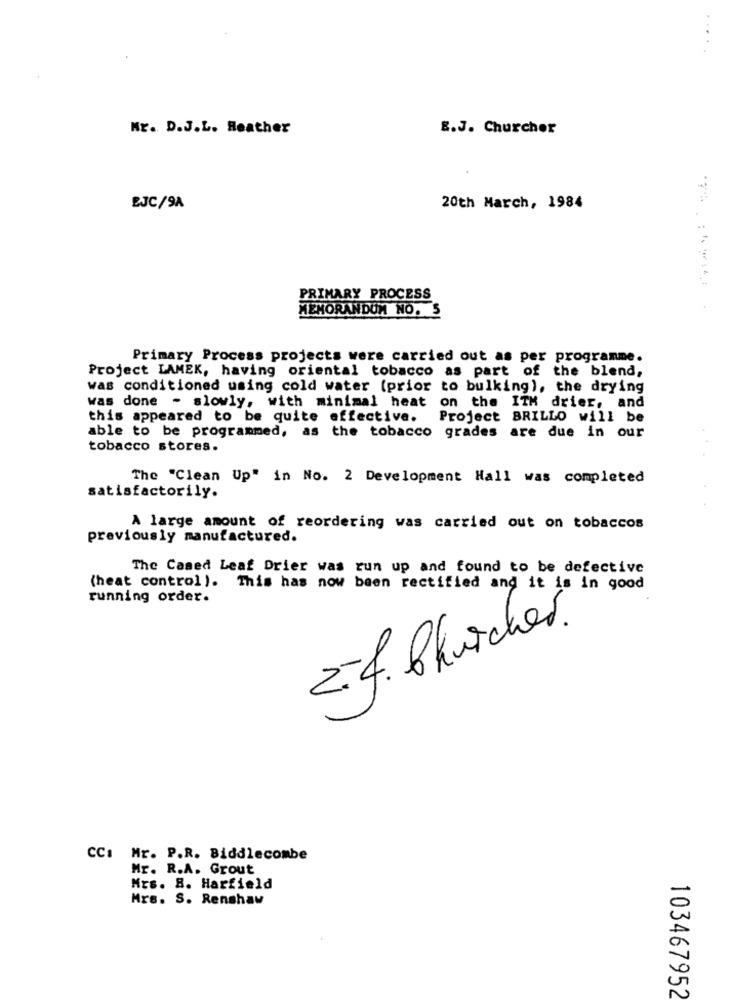
. .
Mr. D.J.L. Heather
E.J. Churcher
BJC/9A
20th March, 1984
PRIMARY PROCESS
MEMORANDUM NO. 5
Primary Process projects were carried out as per programme.
Project LAMEK, having oriental tobacco as part of the blend,
was conditioned using cold water (prior to bulking), the drying
was done - slowly, with minimal heat on the ITM drier, and
this appeared to be quite effective.
Project BRILLO will be
able to be programmed, as the tobacco grades are due in our
tobacco stores.
The "Clean Up" in No. 2 Development Hall was completed
satisfactorily.
A large amount of reordering was carried out on tobaccos
previously manufactured.
The Cased Leaf Drier was run up and found to be defective
(heat control ). This has now been rectified and it is in good
running order.
2-4. Chicher.
CC: Mr. P.R. Biddlecombe
Mr. R.A. Grout
Mrs. 8. Harfield
Mrs. S. Renshaw
103467952